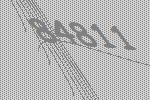
84811